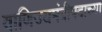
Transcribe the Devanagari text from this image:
वाणिज्यमंत्रीपदाच्या